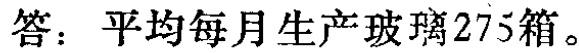
答：平均每月生产玻璃275箱。